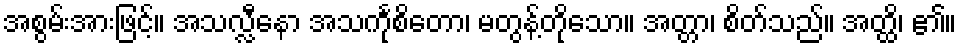
အစွမ်းအားဖြင့်။ အသလ္လီနော အသင်္ကုစိတော၊ မတွန့်တိုသော။ အတ္တာ၊ စိတ်သည်။ အတ္ထိ၊ ၏။